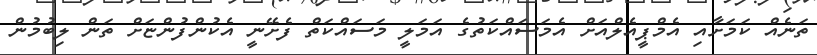
ތަނެއް ކަމަށާއި އެމްޕީއެލްއަށް އެމަސައްކަތުގެ އަމަލީ މަސައްކަތް ފެށޭނީ އެކުންފުންޏަށް ތަން ލިބުމުން